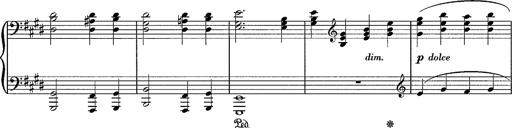
Title: Sancta Dorothea
Composer: Franz Liszt
Key: E major